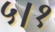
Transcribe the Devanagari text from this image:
५।१